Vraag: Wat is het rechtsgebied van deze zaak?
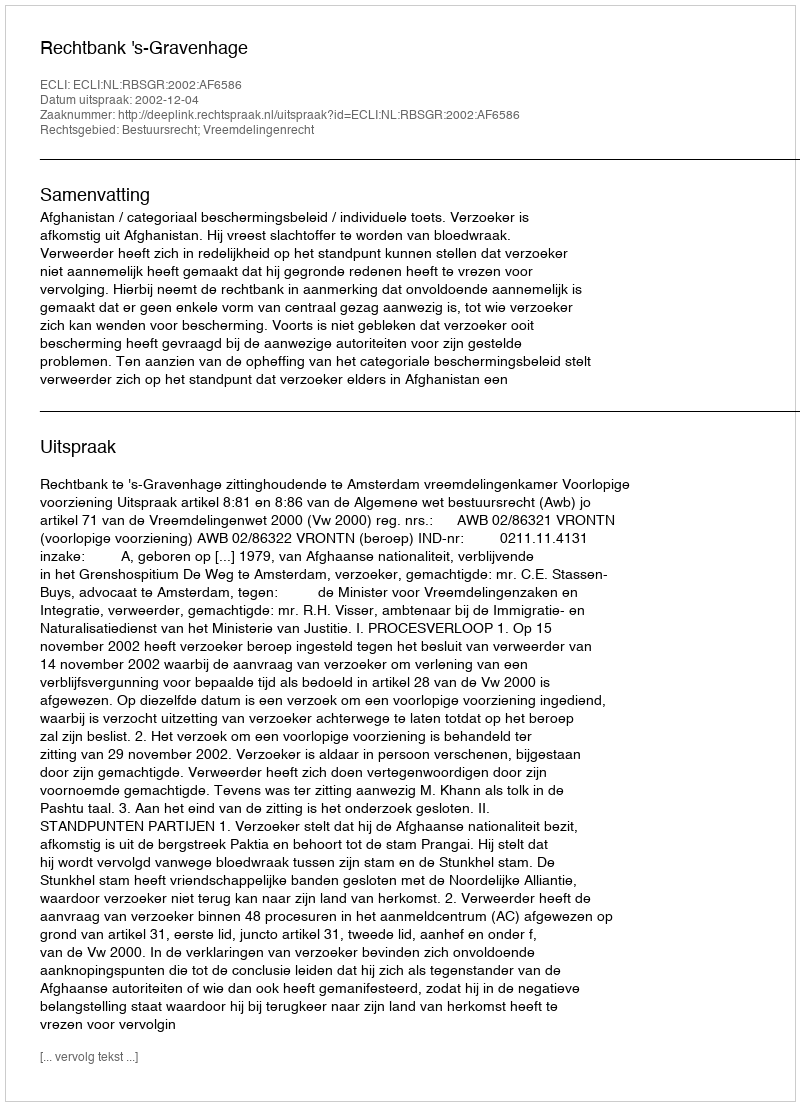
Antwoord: Bestuursrecht; Vreemdelingenrecht